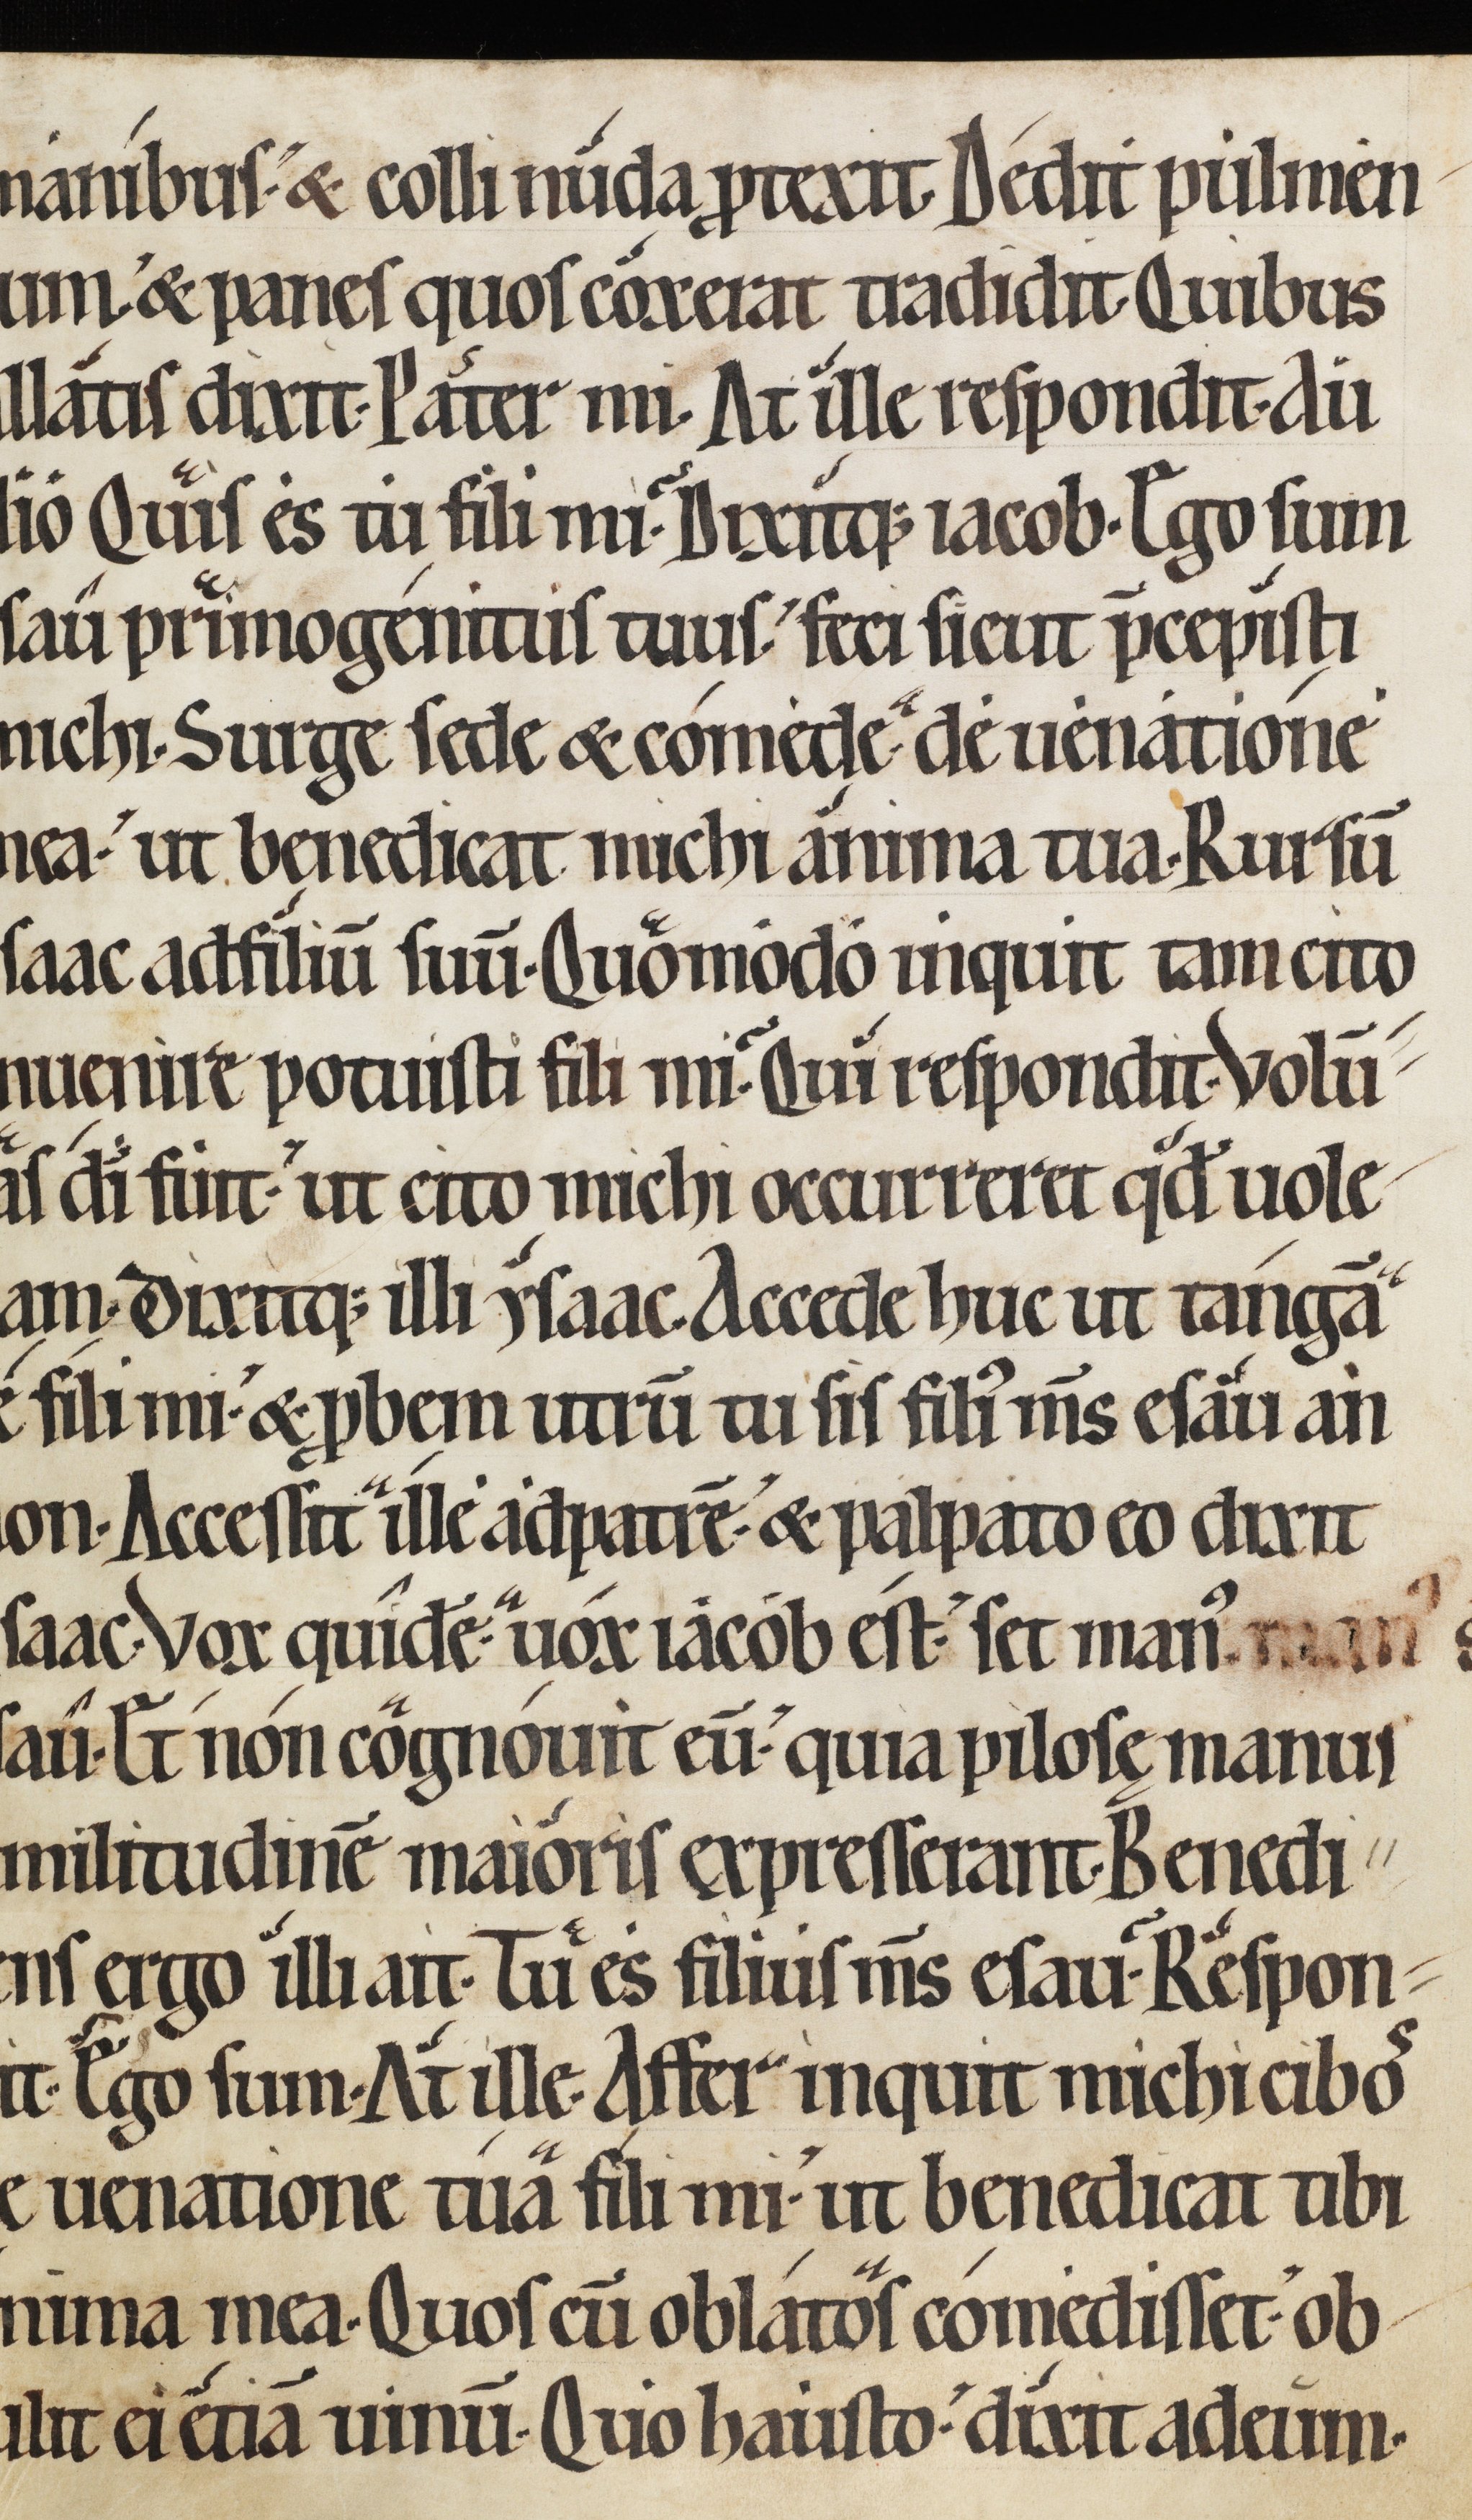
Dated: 1150–1199